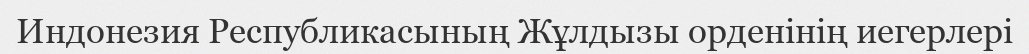
Индонезия Республикасының Жұлдызы орденінің иегерлері